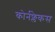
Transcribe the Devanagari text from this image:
कोर्नफ्लेकस